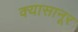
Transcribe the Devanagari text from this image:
क्यासानूर